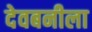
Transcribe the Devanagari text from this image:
देवबनीला